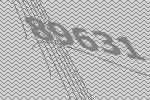
89631